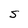
Character: S